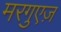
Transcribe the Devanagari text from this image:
मरगुएज़